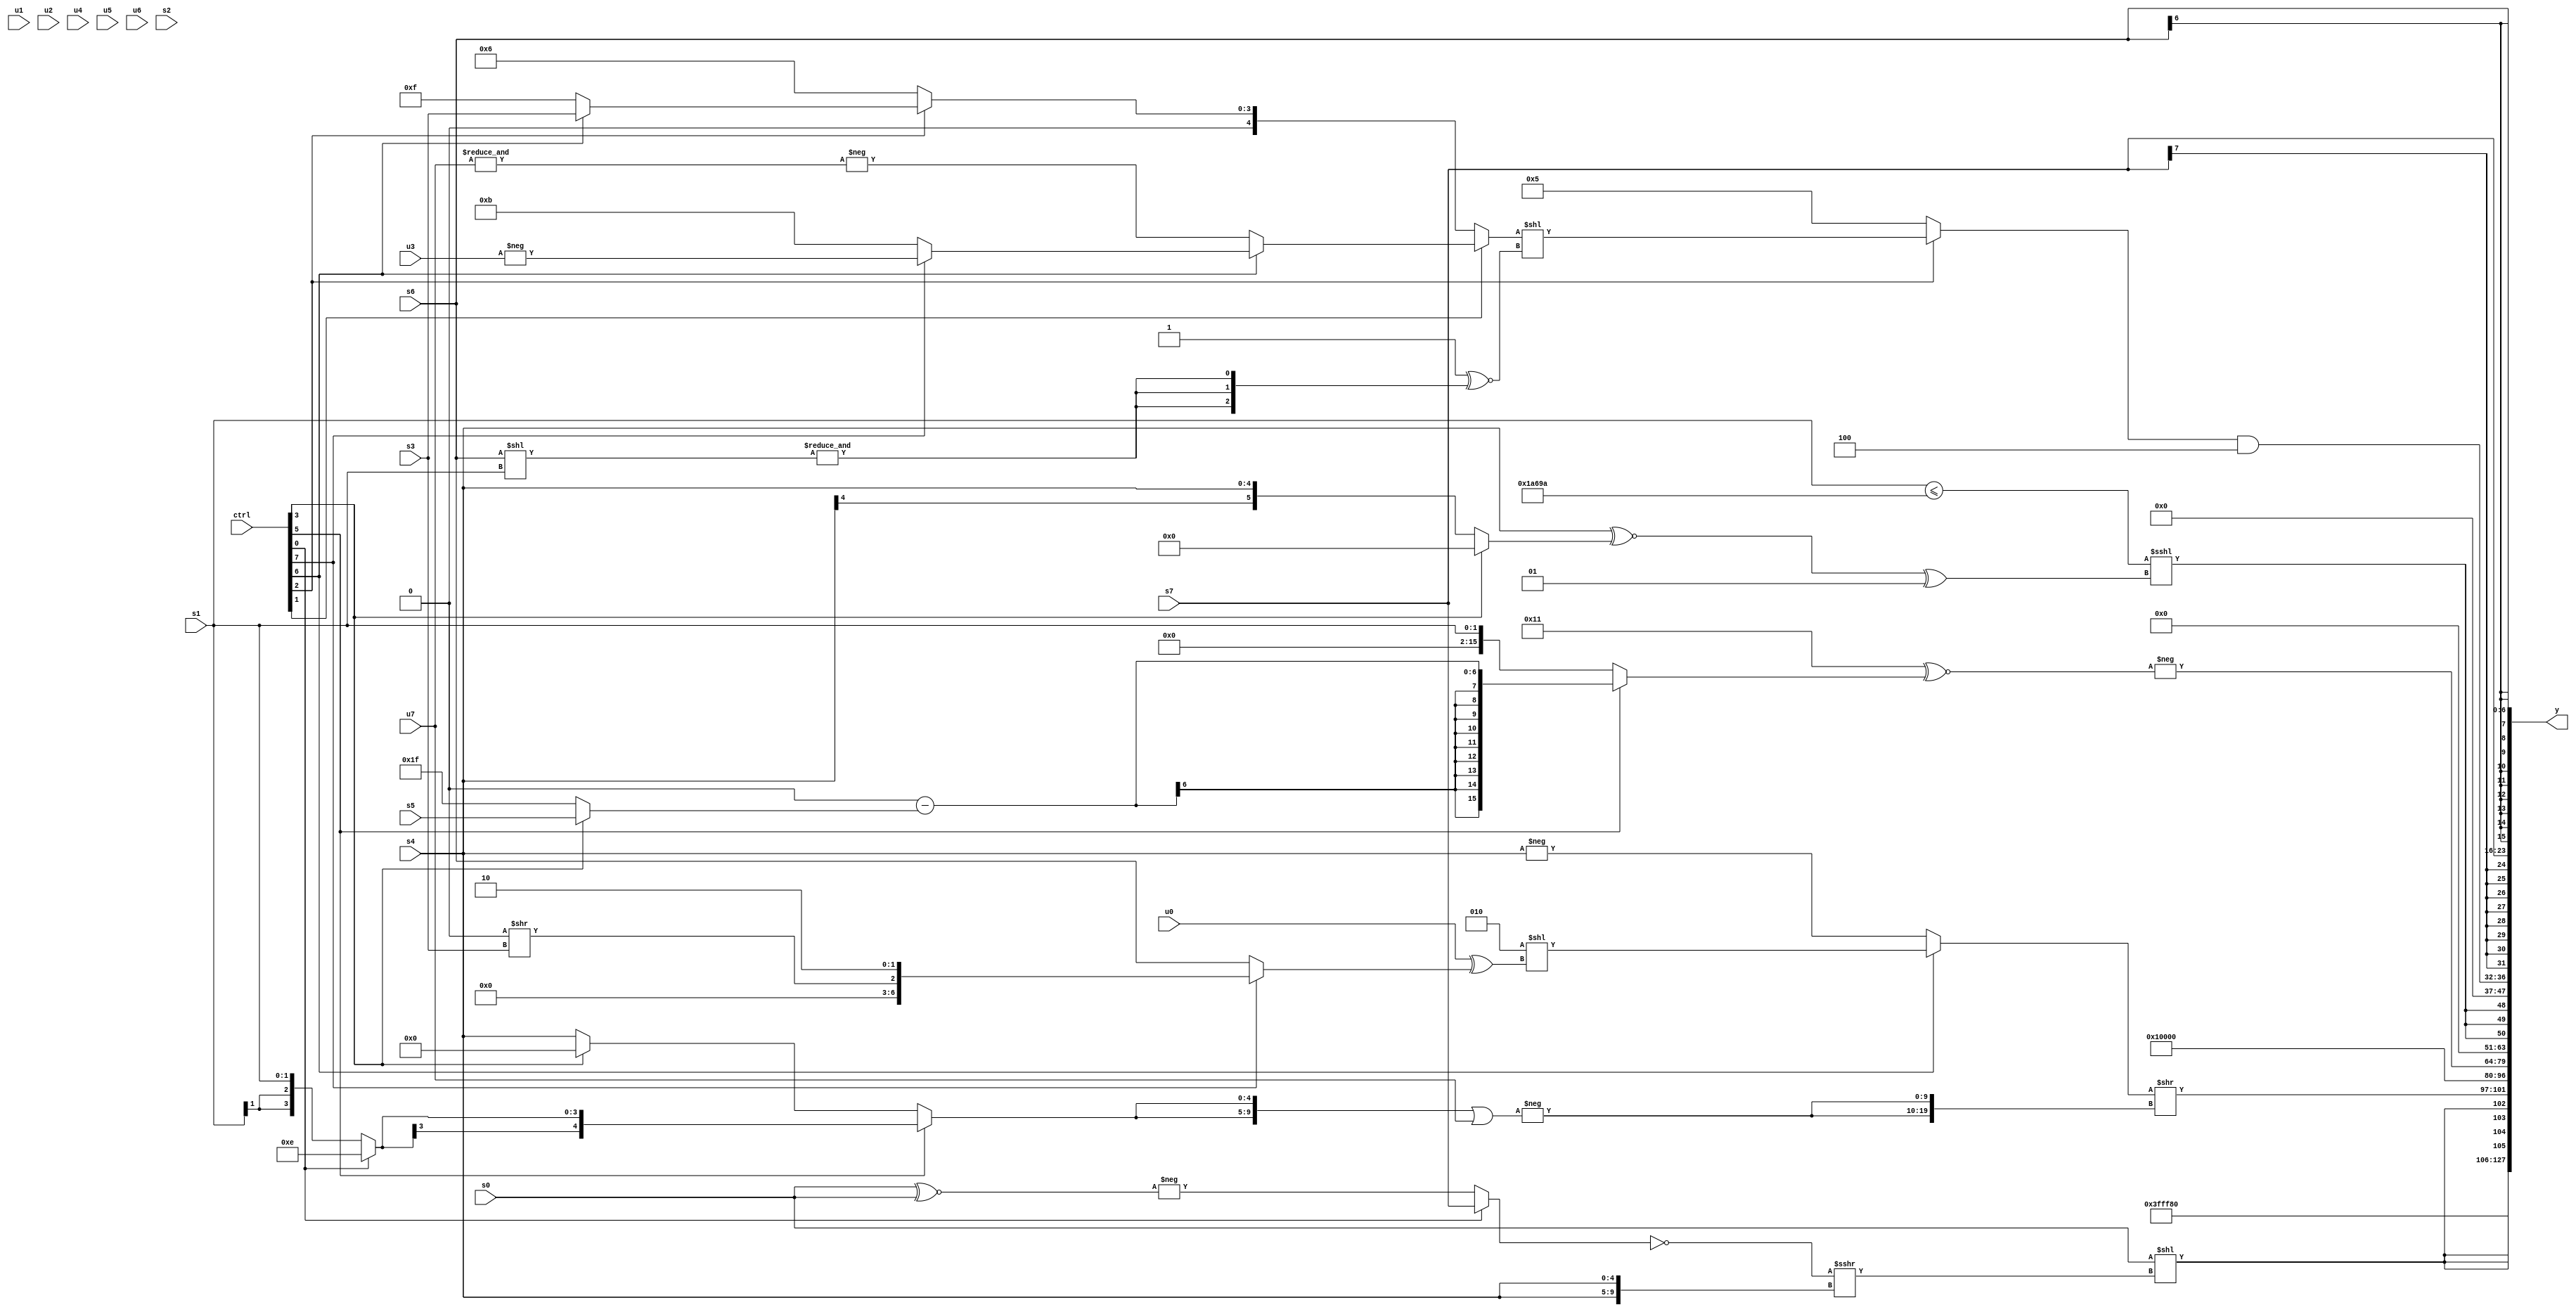
module wideexpr_00008(ctrl, u0, u1, u2, u3, u4, u5, u6, u7, s0, s1, s2, s3, s4, s5, s6, s7, y);
  input [7:0] ctrl;
  input [0:0] u0;
  input [1:0] u1;
  input [2:0] u2;
  input [3:0] u3;
  input [4:0] u4;
  input [5:0] u5;
  input [6:0] u6;
  input [7:0] u7;
  input signed [0:0] s0;
  input signed [1:0] s1;
  input signed [2:0] s2;
  input signed [3:0] s3;
  input signed [4:0] s4;
  input signed [5:0] s5;
  input signed [6:0] s6;
  input signed [7:0] s7;
  output [127:0] y;
  wire [15:0] y0;
  wire [15:0] y1;
  wire [15:0] y2;
  wire [15:0] y3;
  wire [15:0] y4;
  wire [15:0] y5;
  wire [15:0] y6;
  wire [15:0] y7;
  assign y = {y0,y1,y2,y3,y4,y5,y6,y7};
  assign y0 = 5'sb11110;
  assign y1 = {{4{(s0)<<((~((ctrl[0]?s7:-((s0)^~(s0)))))>>>({2{s4}}))}},((ctrl[6]?($signed(+(4'sb0010)))<<((u0)^((ctrl[7]?{(1'sb0)>>(s3),2'sb10}:s6))):-(s4)))>>({2{-(({2{(ctrl[5]?(ctrl[0]?4'sb1110:s1):(ctrl[3]?3'sb000:s4))}})|(u7))}}),1'sb1};
  assign y2 = $unsigned($signed(1'sb0));
  assign y3 = -((+($unsigned(5'sb10001)))^~((ctrl[5]?(1'sb0)-((ctrl[3]?$signed(s5):(5'sb11101)+(2'sb10))):s1)));
  assign y4 = {3{({(s1)<=({3{(($signed(2'sb11))<<<((6'sb111010)>=(6'sb100001)))-(-(6'sb011100))}})})<<<($signed(((s4)^~((ctrl[3]?(ctrl[6]?(s5)>>(6'sb111100):1'sb0):s4)))^(-(3'sb111))))}};
  assign y5 = ((ctrl[2]?$signed(((ctrl[1]?(ctrl[6]?(ctrl[7]?(ctrl[1]?-(u3):(5'sb10000)^(s1)):(ctrl[1]?+(4'b1011):+(1'sb0))):-(&((ctrl[0]?u7:u7)))):$signed((ctrl[2]?(ctrl[6]?s3:(1'sb0)^~(3'sb000)):4'sb0110))))<<(($unsigned(($unsigned(~&(3'sb110)))<($unsigned(2'sb11))))^~({3{&((s6)<<(s1))}}))):(ctrl[2]?+(((u7)+($unsigned(((3'sb011)^~(4'sb0110))>>>(5'b00111))))^~(({4{($signed(u4))^~((4'sb1001)<<(5'b00000))}})-(2'b11))):5'sb00101)))&(4'sb0100);
  assign y6 = s7;
  assign y7 = s6;
endmodule